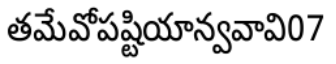
తమేవోపష్టియాన్వవావి07